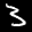
Label: 3